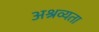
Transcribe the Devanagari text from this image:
अश्रव्यता